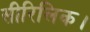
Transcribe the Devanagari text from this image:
सीरिलिक।